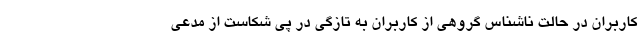
کاربران در حالت ناشناس گروهی از کاربران به تازگی در پی شکاست از مدعی